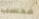
فحسب